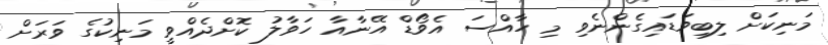
މަނިކަށް ލިބިވަޑައިގެންނެވި މި ހާއްސަ އެވޯޑް އޭނާއާ ހަވާލު ކޮށްދެއްވީ މަނިކުގެ ވަރަށް